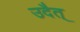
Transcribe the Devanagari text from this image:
उदैत्